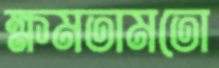
ক্ষমতামতো